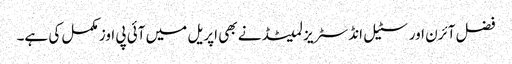
فضل آئرن اور سٹیل انڈسٹریز لمیٹڈ نے بھی اپریل میں آئی پی اوز مکمل کی ہے۔